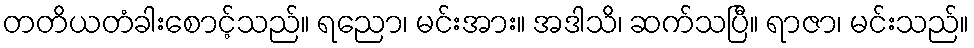
တတိယတံခါးစောင့်သည်။ ရညော၊ မင်းအား။ အဒါသိ၊ ဆက်သပြီ။ ရာဇာ၊ မင်းသည်။